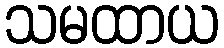
သမထာယ